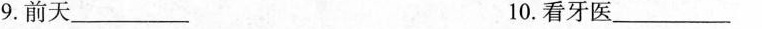
9.前天_________ 10.看牙医_________